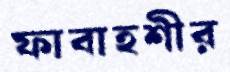
ফাবাহশীর